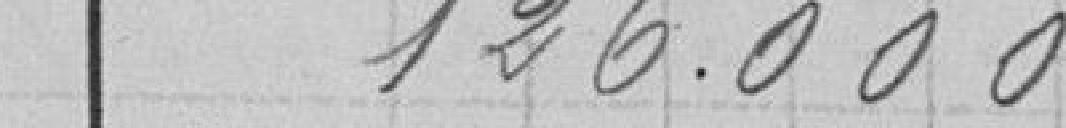
126.000